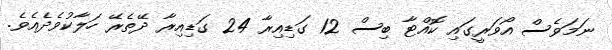
ނަމަވެސް އޯވަރީގައި ކޮއްޓާ ބިސް 12 ގަޑިއިރާ 24 ގަޑިއިރާ ދޭތެރޭ ހަލާކުވެދެއެވެ.